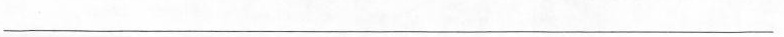
___